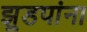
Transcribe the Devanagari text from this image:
झुडपांना